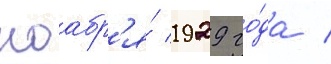
ноабр'я́ 1929 го́да /